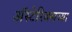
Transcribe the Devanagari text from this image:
अॅस्टेरिक्सच्या